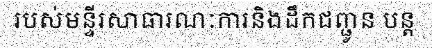
របស់មន្ទីរសាធារណៈការនិងដឹកជញ្ជូន បន្ត